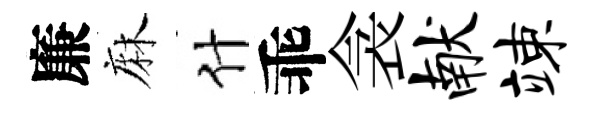
廉麻什乖衾献竦